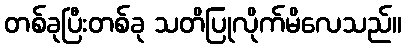
တစ်ခုပြီးတစ်ခု သတိပြုလိုက်မိလေသည်။